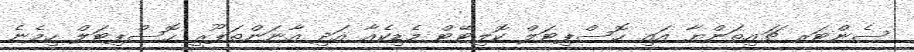
ސެންޓަރ ޗައިތަންޔާ އައި ހޮސްޕިޓަލް ކޮލިޓޭޓް މެޑިކެއާ އަދި އާނަންތަޕޫރީ ހޮސްޕިޓަލް ހިމެނެ